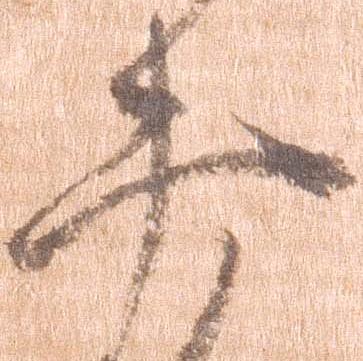
忠